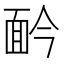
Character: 䩂